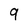
Character: 9